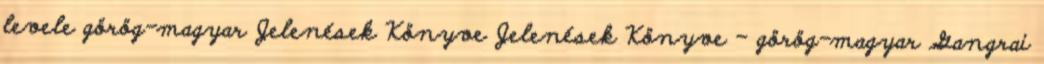
levele görög-magyar Jelenések Könyve Jelenések Könyve – görög-magyar Gangrai